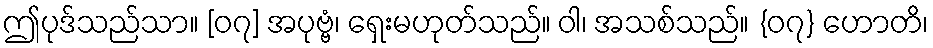
ဤပုဒ်သည်သာ။ [၀၇] အပုဗ္ဗံ၊ ရှေးမဟုတ်သည်။ ဝါ၊ အသစ်သည်။ {၀၇} ဟောတိ၊